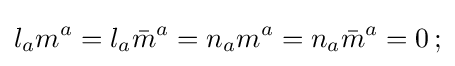
l_{a}m^{a}=l_{a}{\bar {m}}^{a}=n_{a}m^{a}=n_{a}{\bar {m}}^{a}=0\,;